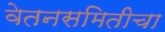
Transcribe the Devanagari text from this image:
वेतनसमितीचा